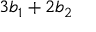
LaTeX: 3 b _ { 1 } + 2 b _ { 2 }